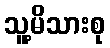
သူ့မိသားစု